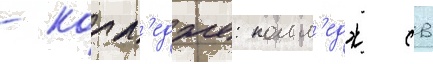
- колл'едже: колл'едж св